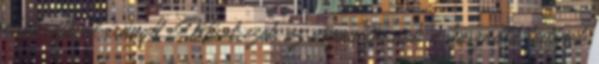
chakrájával irányít. Mivel ezek az organizmusok a használó testének